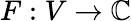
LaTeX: F:V\to\mathbb{C}